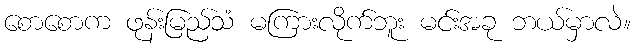
စောစောက ဖုန်းမြည်သံ မကြားလိုက်ဘူး မင်းအခု ဘယ်မှာလဲ။